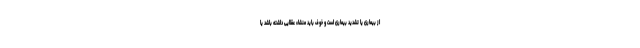
از بیماری یا تشدید بیماری است و خوف باید منشاء عقلایی داشته باشد یا